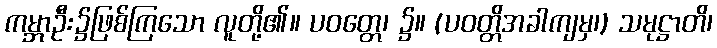
ကမ္ဘာဦး၌ဖြစ်ကြသော လူတို့၏။ ပဝတ္တေ၊ ၌။ (ပဝတ္တိအခါကျမှ၊) သမုဋ္ဌာတိ၊